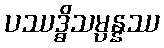
ပဿဒ္ဓိသမ္ပန္နဿ